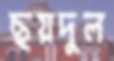
ছয়দুল